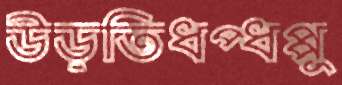
উড়তিধপ্‌ধপ্‌পু